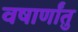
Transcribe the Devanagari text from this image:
वषार्णांतु